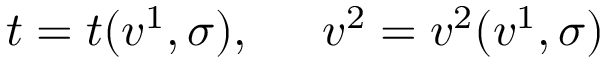
t = t ( v ^ { 1 } , \sigma ) , \ \; \; \; \; v ^ { 2 } = v ^ { 2 } ( v ^ { 1 } , \sigma )